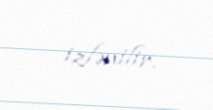
izlənilir.